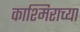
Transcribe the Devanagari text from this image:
काश्मिराच्या